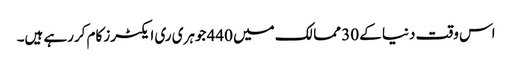
اس وقت دنیا کے 30 ممالک میں 440 جوہری ری ایکٹرز کام کررہے ہیں۔